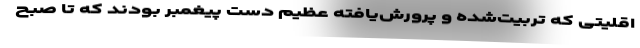
اقلیتی که تربیت‌شده و پرورش‌یافته عظیم دست پیغمبر بودند که تا صبح